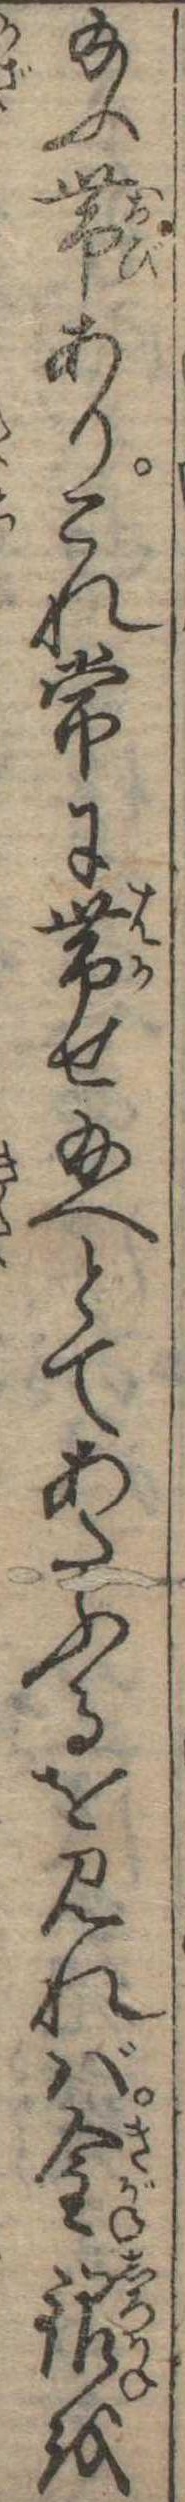
給ふ帯ありこれ常に帯せ給へとてあたふるを見れば金銀を